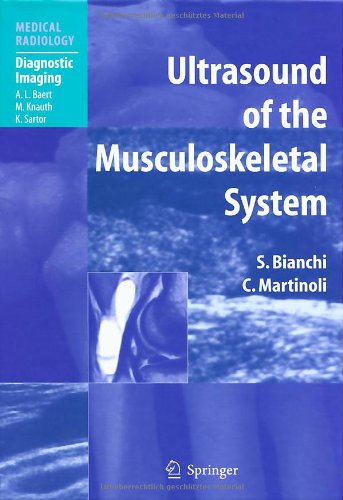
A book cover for Ultrasound of the Musculoskeletal System (Medical Radiology); Stefano Bianchi; Medical Books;